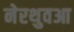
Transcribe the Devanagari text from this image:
नेरथुवआ